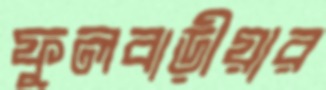
ফুলবাড়ীয়ার